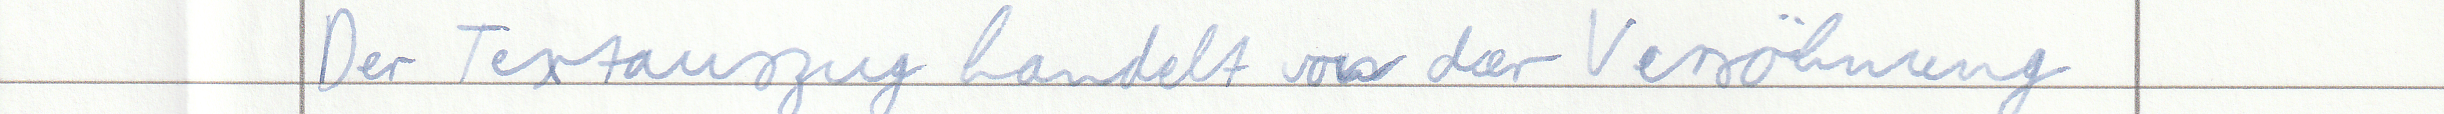
Der Textauszug handelt von der Versöhnung